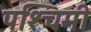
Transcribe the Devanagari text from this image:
पश्‍चिमी